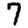
Digit: 7